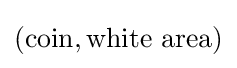
({\text{coin}},{\text{white area}})